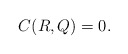
\begin{align*}C(R,Q)=0. \end{align*}